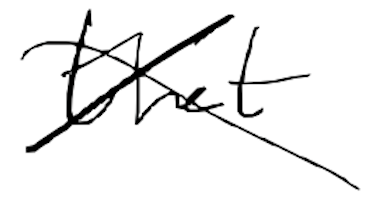
Text: that
Cross-out: cross
Writing tool: digital_black